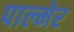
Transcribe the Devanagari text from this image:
पाल्मेर